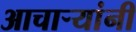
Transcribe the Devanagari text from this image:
आचार्‍यांनी